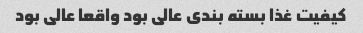
کیفیت غذا بسته بندی عالی بود واقعا عالی بود